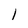
Character: 1